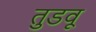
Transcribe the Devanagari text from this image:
तुडवू